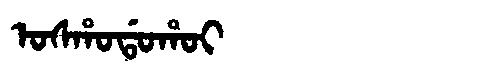
Manchu: ᠣᠰᡥᠣᡩᠣᡥᠣᡳ
Romanization: OSHODOHOI